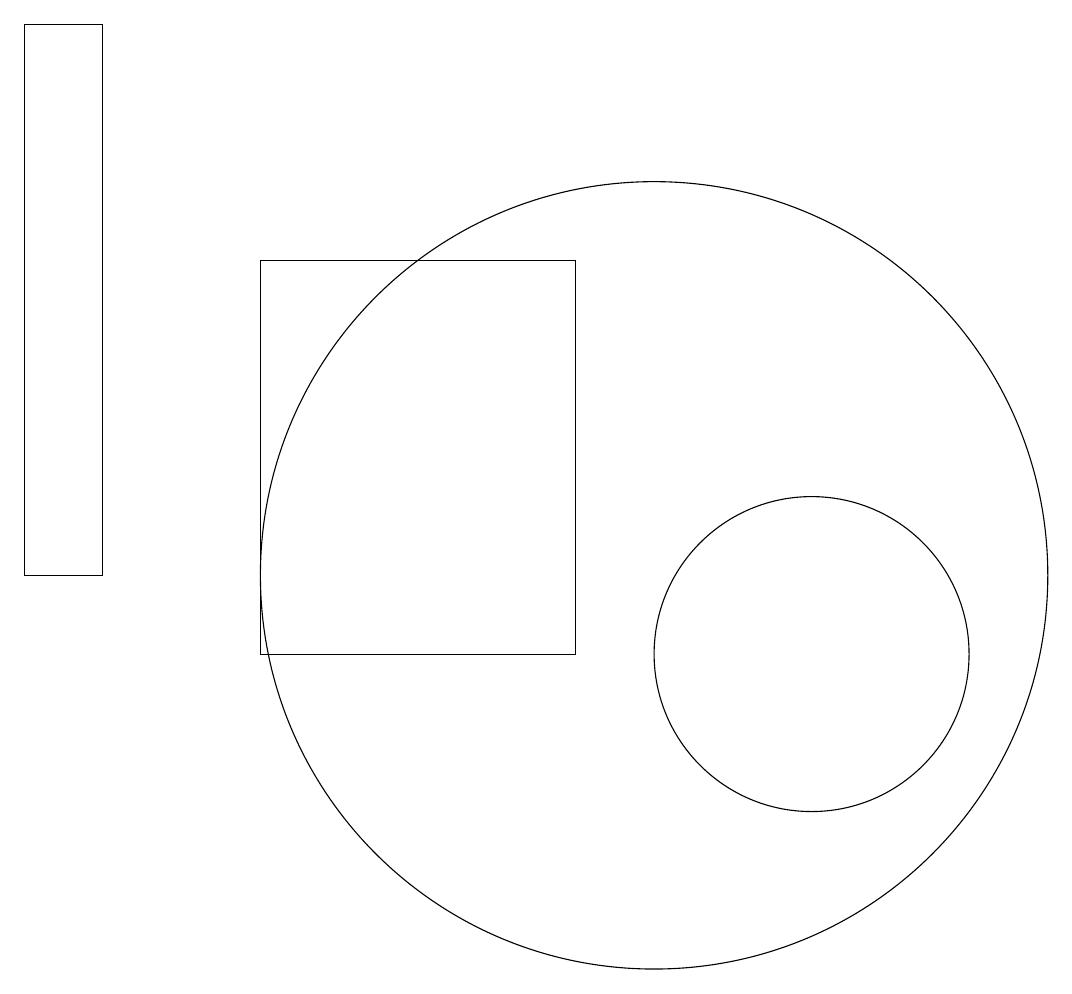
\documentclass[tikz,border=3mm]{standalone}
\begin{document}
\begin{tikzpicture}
\draw (10,11) circle (5);
\draw (12,10) circle (2);
\draw (9,10) rectangle (5,15);
\draw (2,11) rectangle (3,18);
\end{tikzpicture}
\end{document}